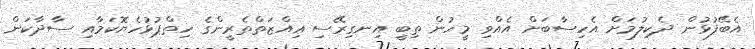
އެބޭފުޅުން ދެކިލުމަށް އެހިސާބަށް އެއްވި މީހުން ތިބީ އިނގިރޭސި ޢިއްޒަތްތެރީންގެ ހިތްޕުޅުހެޔޮކަމާއި ސާދާކަން